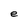
Character: e